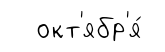
окт'ябр'я́